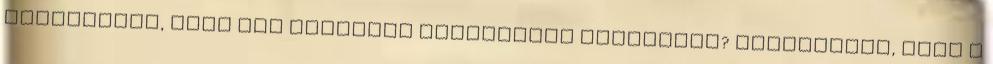
Lehetséges, hogy egy Aranyhal rajzfilmet rajzoljon? Lehetséges, hogy a